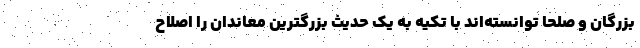
بزرگان و صلحا توانسته‌اند با تکیه به یک حدیث بزرگترین معاندان را اصلاح